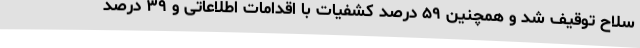
سلاح توقیف شد و همچنین ۵۹ درصد کشفیات با اقدامات اطلاعاتی و ۳۹ درصد